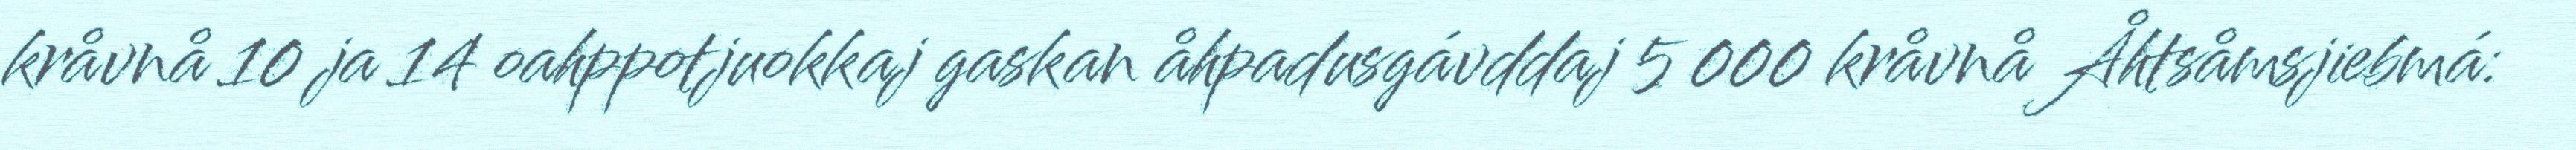
kråvnå 10 ja 14 oahppotjuokkaj gaskan åhpadusgávddaj 5 000 kråvnå Åhtsåmsjiebmá: